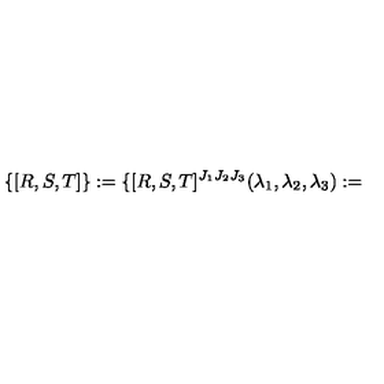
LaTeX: \{ [ R , S , T ] \} : = \{ [ R , S , T ] ^ { J _ { 1 } J _ { 2 } J _ { 3 } } ( \lambda _ { 1 } , \lambda _ { 2 } , \lambda _ { 3 } ) : =